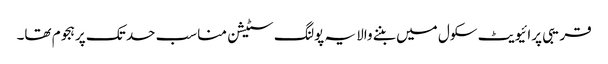
قریبی پرائیویٹ سکول میں بننے والا یہ پولنگ سٹیشن مناسب حد تک پرہجوم تھا۔